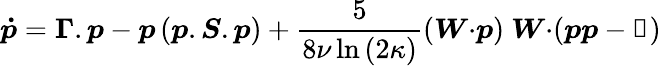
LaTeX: \boldsymbol{\dot{p}}=\boldsymbol{\Gamma}.\boldsymbol{p}-\boldsymbol{p}\left(\boldsymbol{p}.\boldsymbol{S}.\boldsymbol{p}\right)+\frac{5}{8\nu\ln{(2\kappa)}}(\boldsymbol{W}{\cdot}\boldsymbol{p})~\boldsymbol{W}{\cdot}(\boldsymbol{p}\boldsymbol{p}-\mathbb{1})